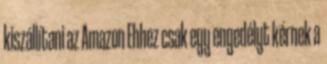
kiszállítani az Amazon Ehhez csak egy engedélyt kérnek a